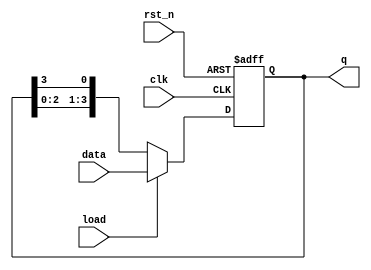
module LoadableRingCounter (
    input wire clk,           // Clock signal
    input wire rst_n,        // Asynchronous active-low reset
    input wire load,         // Load control signal
    input wire [N-1:0] data, // Input value to load into the counter
    output reg [N-1:0] q     // Current state of the counter
);

parameter N = 4; // Number of bits in the counter (can be adjusted)

// Internal signal for next state
reg [N-1:0] next_state;

// Always block for synchronous counting and loading
always @(posedge clk or negedge rst_n) begin
    if (!rst_n) begin
        q <= {N{1'b0}}; // Initialize counter to 0 on reset
    end else begin
        q <= next_state; // Update counter on clock edge
    end
end

// Always block for determining the next state
always @* begin
    if (load) begin
        // Load input data into counter
        next_state = data;
    end else begin
        // Shift right to create the ring counter effect
        next_state = {q[N-2:0], q[N-1]}; // Shift left and feedback
    end
end

endmodule